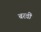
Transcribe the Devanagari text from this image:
बरवीं